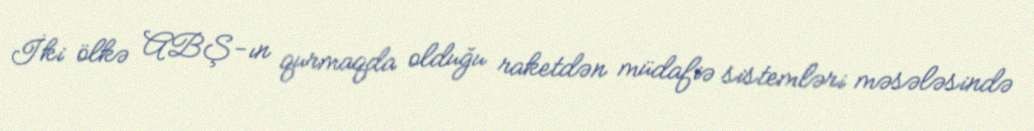
İki ölkə ABŞ-ın qurmaqda olduğu raketdən müdafiə sistemləri məsələsində